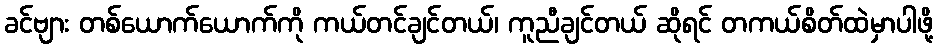
ခင်ဗျား တစ်ယောက်ယောက်ကို ကယ်တင်ချင်တယ်၊ ကူညီချင်တယ် ဆိုရင် တကယ်စိတ်ထဲမှာပါဖို့